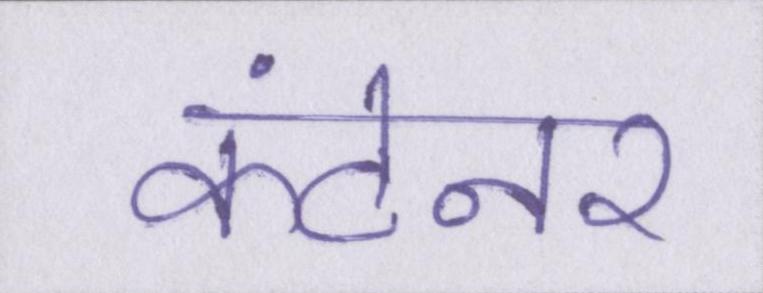
कंटेनर